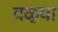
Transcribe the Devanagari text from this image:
वळ्या